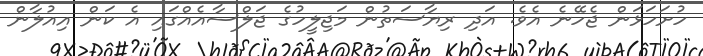
ހުށަހަޅަން ޖެހޭނެ އެވެ. އަދި ރިޔާސަތުން މަޖިލީހުގެ ޖަލްސާއެއްގައި އެ ކަން އިއުލާން